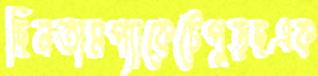
ছিনতামপ্যাকেটেপুড়ছএক